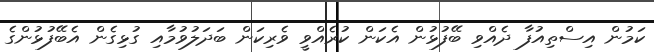
ކަމުން އިސްތިއުފާ ދެއްވި ބޭފުޅުން އެކަން ކުރެއްވީ ވެރިކަން ބަދަލުވުމާއި ގުޅިގެން އެބޭފުޅުންގެ